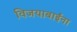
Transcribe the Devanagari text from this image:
विजयाबाईंना